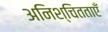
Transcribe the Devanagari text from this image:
अनिश्चितताएँ